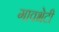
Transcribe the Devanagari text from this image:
गावभेटी